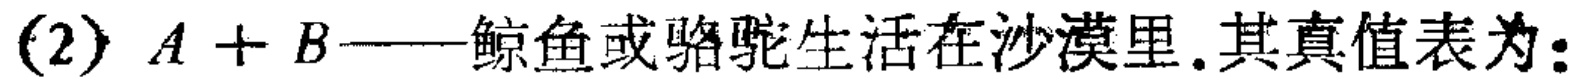
(2) \(A + B\)——鲸鱼或骆驼生活在沙漠里.其真值表为: